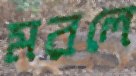
মরলে